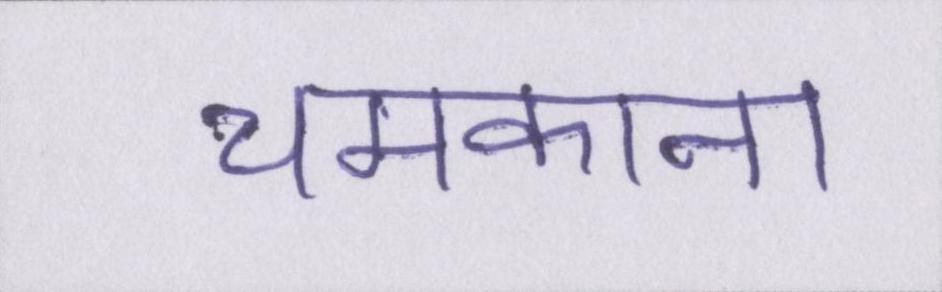
चमकाना